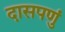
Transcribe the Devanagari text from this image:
दासपणुं